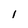
Character: l